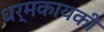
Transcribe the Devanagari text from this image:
धर्मकायकी